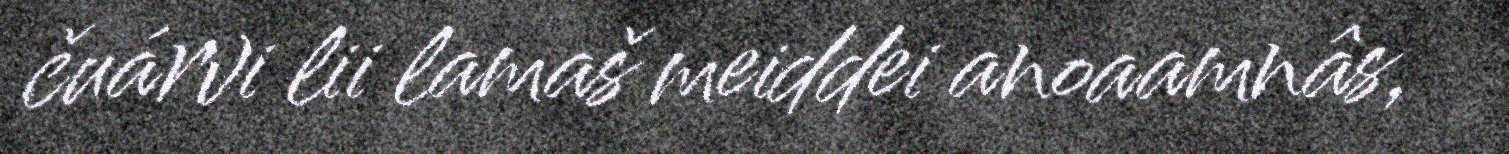
čuárvi lii lamaš meiddei anoaamnâs,